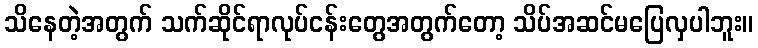
သိနေတဲ့အတွက် သက်ဆိုင်ရာလုပ်ငန်းတွေအတွက်တော့ သိပ်အဆင်မပြေလှပါဘူး။